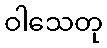
ဝါသေတု